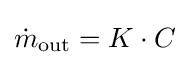
{\dot {m}}_{\text{out}}=K\cdot C